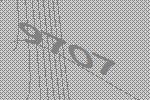
9707